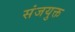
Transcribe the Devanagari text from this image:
संजयुक्त